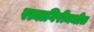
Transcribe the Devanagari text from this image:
रत्नागिरीमधील